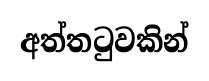
අත්තටුවකින්